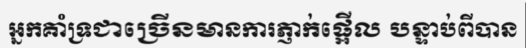
អ្នកគាំទ្រជាច្រើនមានការភ្ញាក់ផ្អើល បន្ទាប់ពីបាន